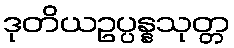
ဒုတိယဥပ္ပန္နသုတ္တ